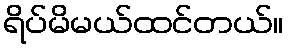
ရိပ်မိမယ်ထင်တယ်။